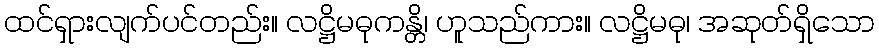
ထင်ရှားလျက်ပင်တည်း။ လဋ္ဌိမဓုကန္တိ၊ ဟူသည်ကား။ လဋ္ဌိမဓု၊ အဆုတ်ရှိသော